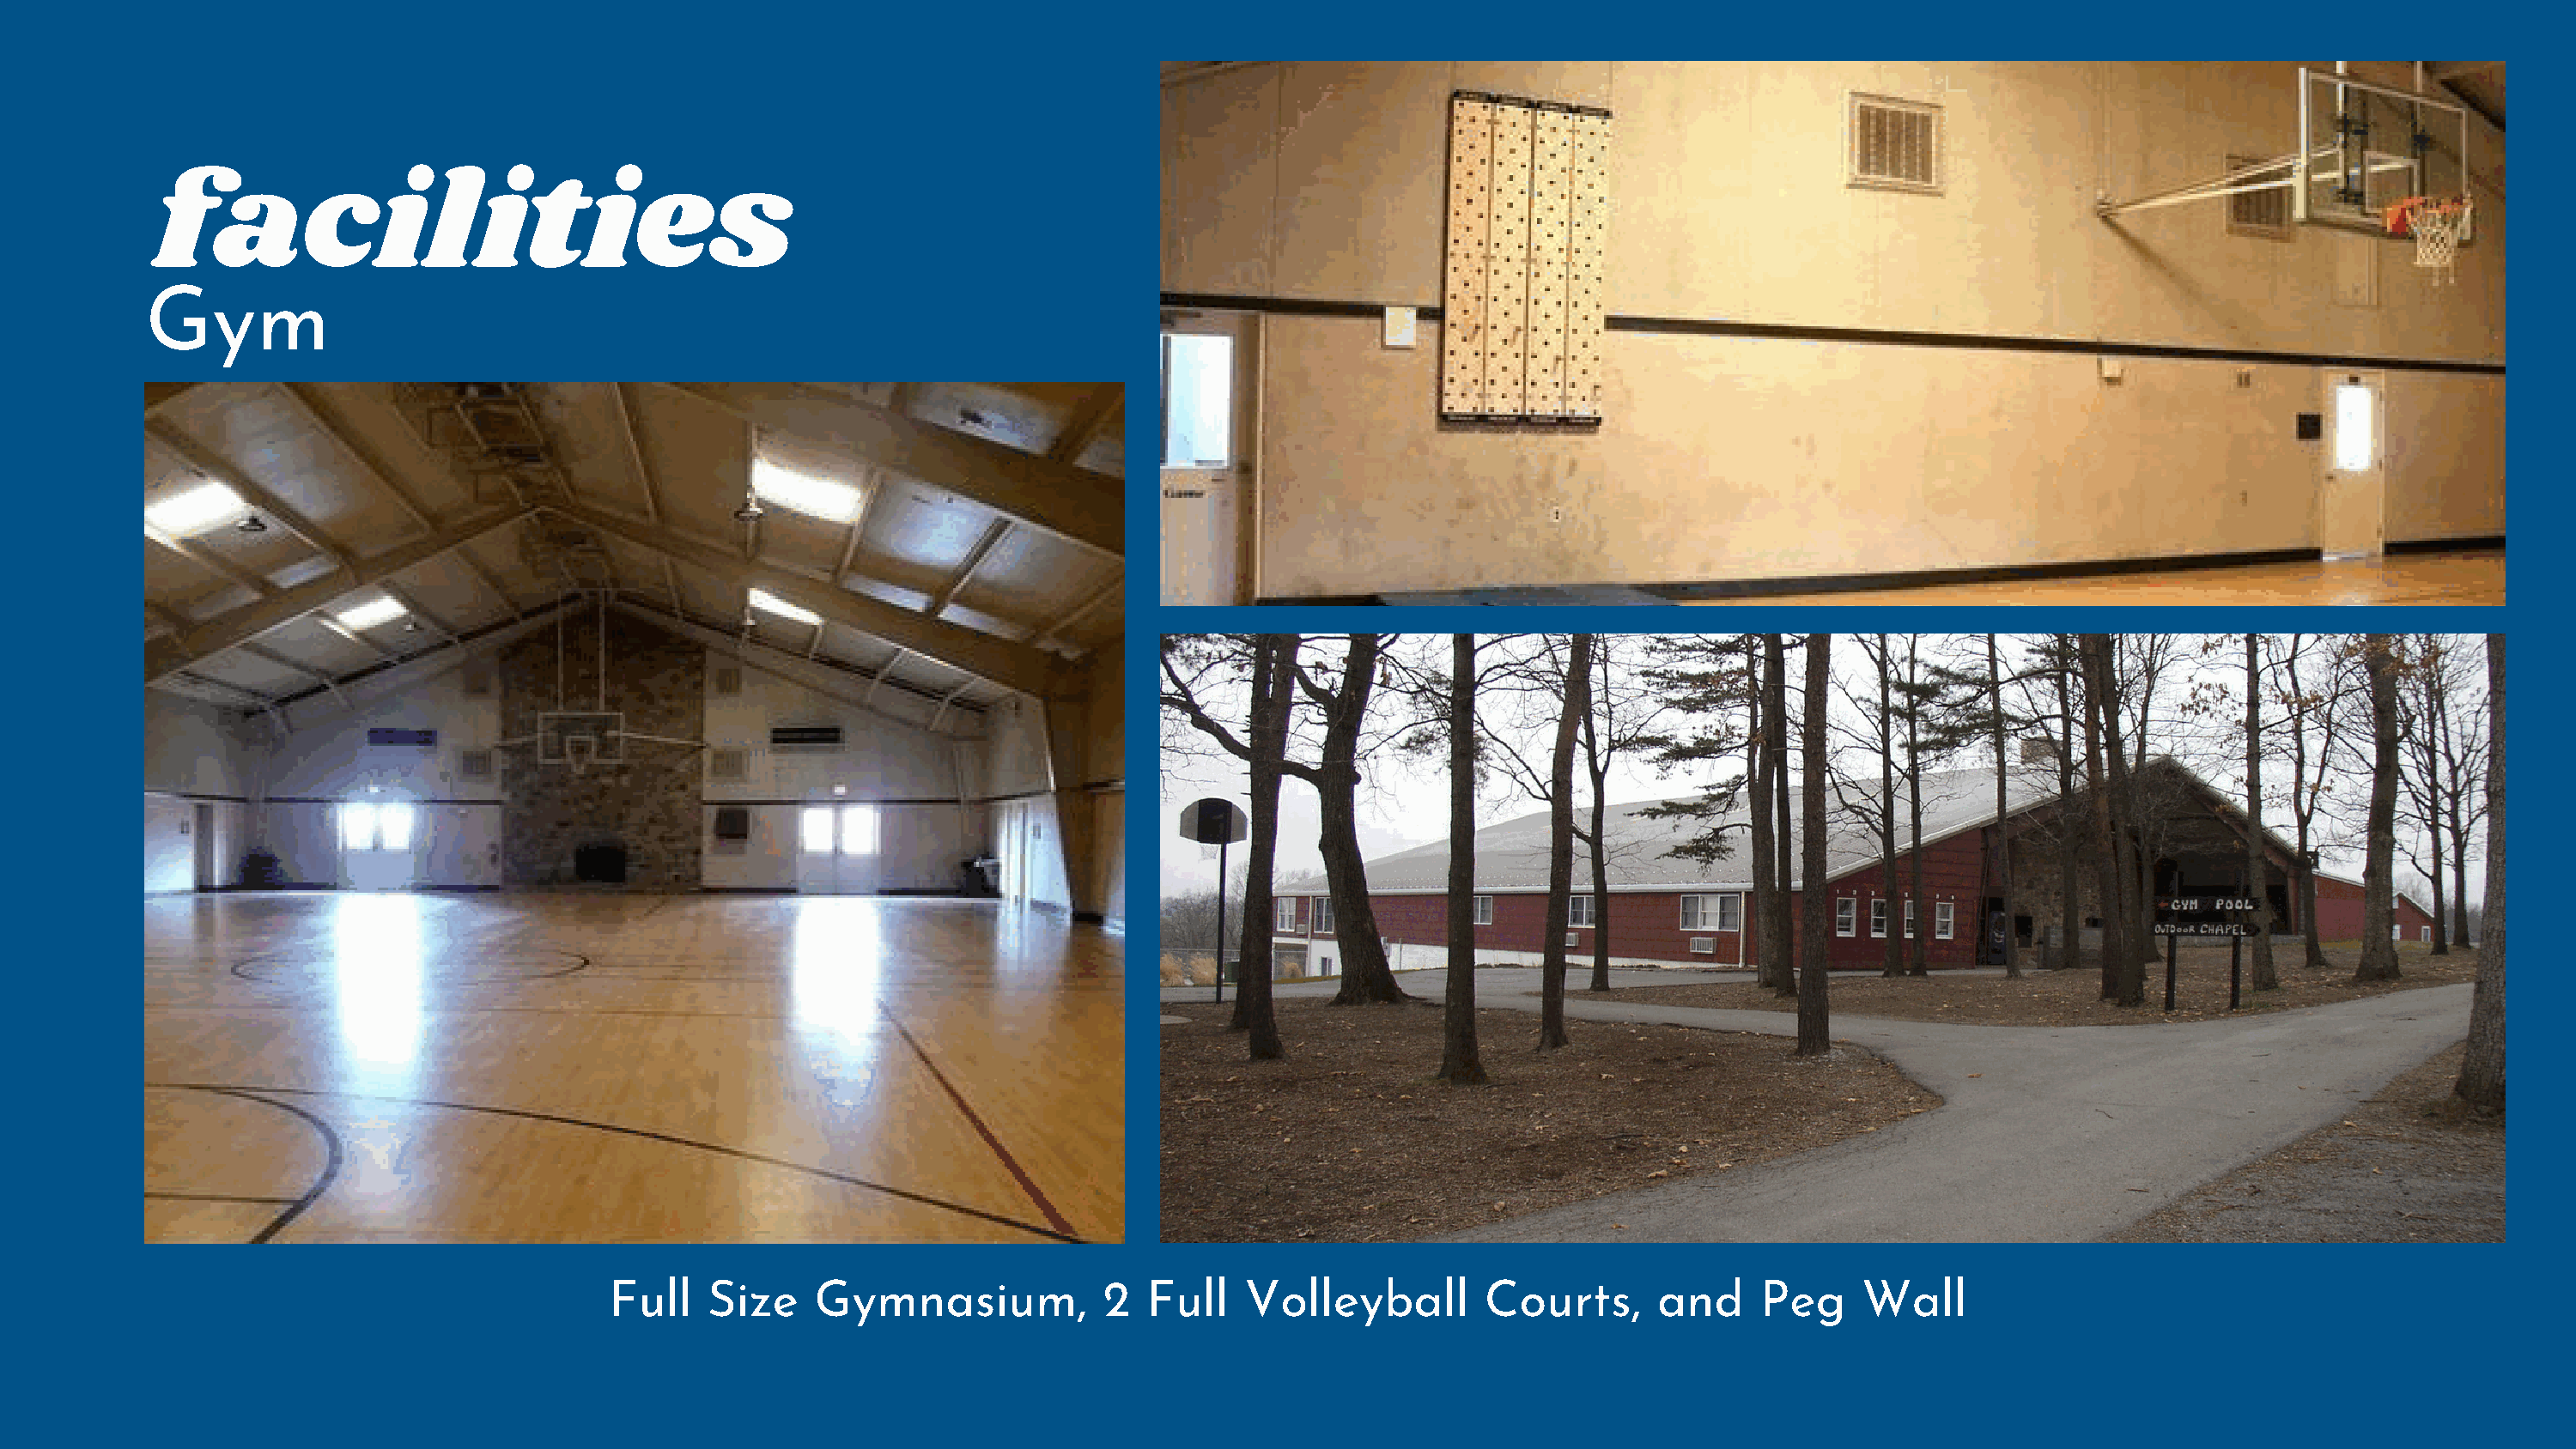
facilities
 Gym
 Full    Size    Gymnasium,            2  Full    Volleyball        Courts,       and     Peg     Wall